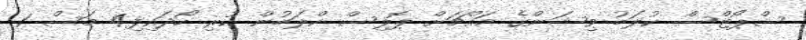
ސްޕޯޓްސް ކުލަބު ވިޝަންގެ މައްޗަށް ޕޮލިސް ކްލަބުން ކުރި ހޯދައިފި4 މަސް 1